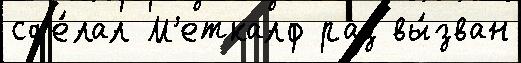
сд'е́лал М'еткалф раз вы́зван